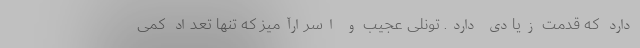
دارد که قدمت زیادی دارد. تونلی عجیب و اسرارآمیز که تنها تعداد کمی